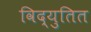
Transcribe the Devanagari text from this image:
विद्युतित